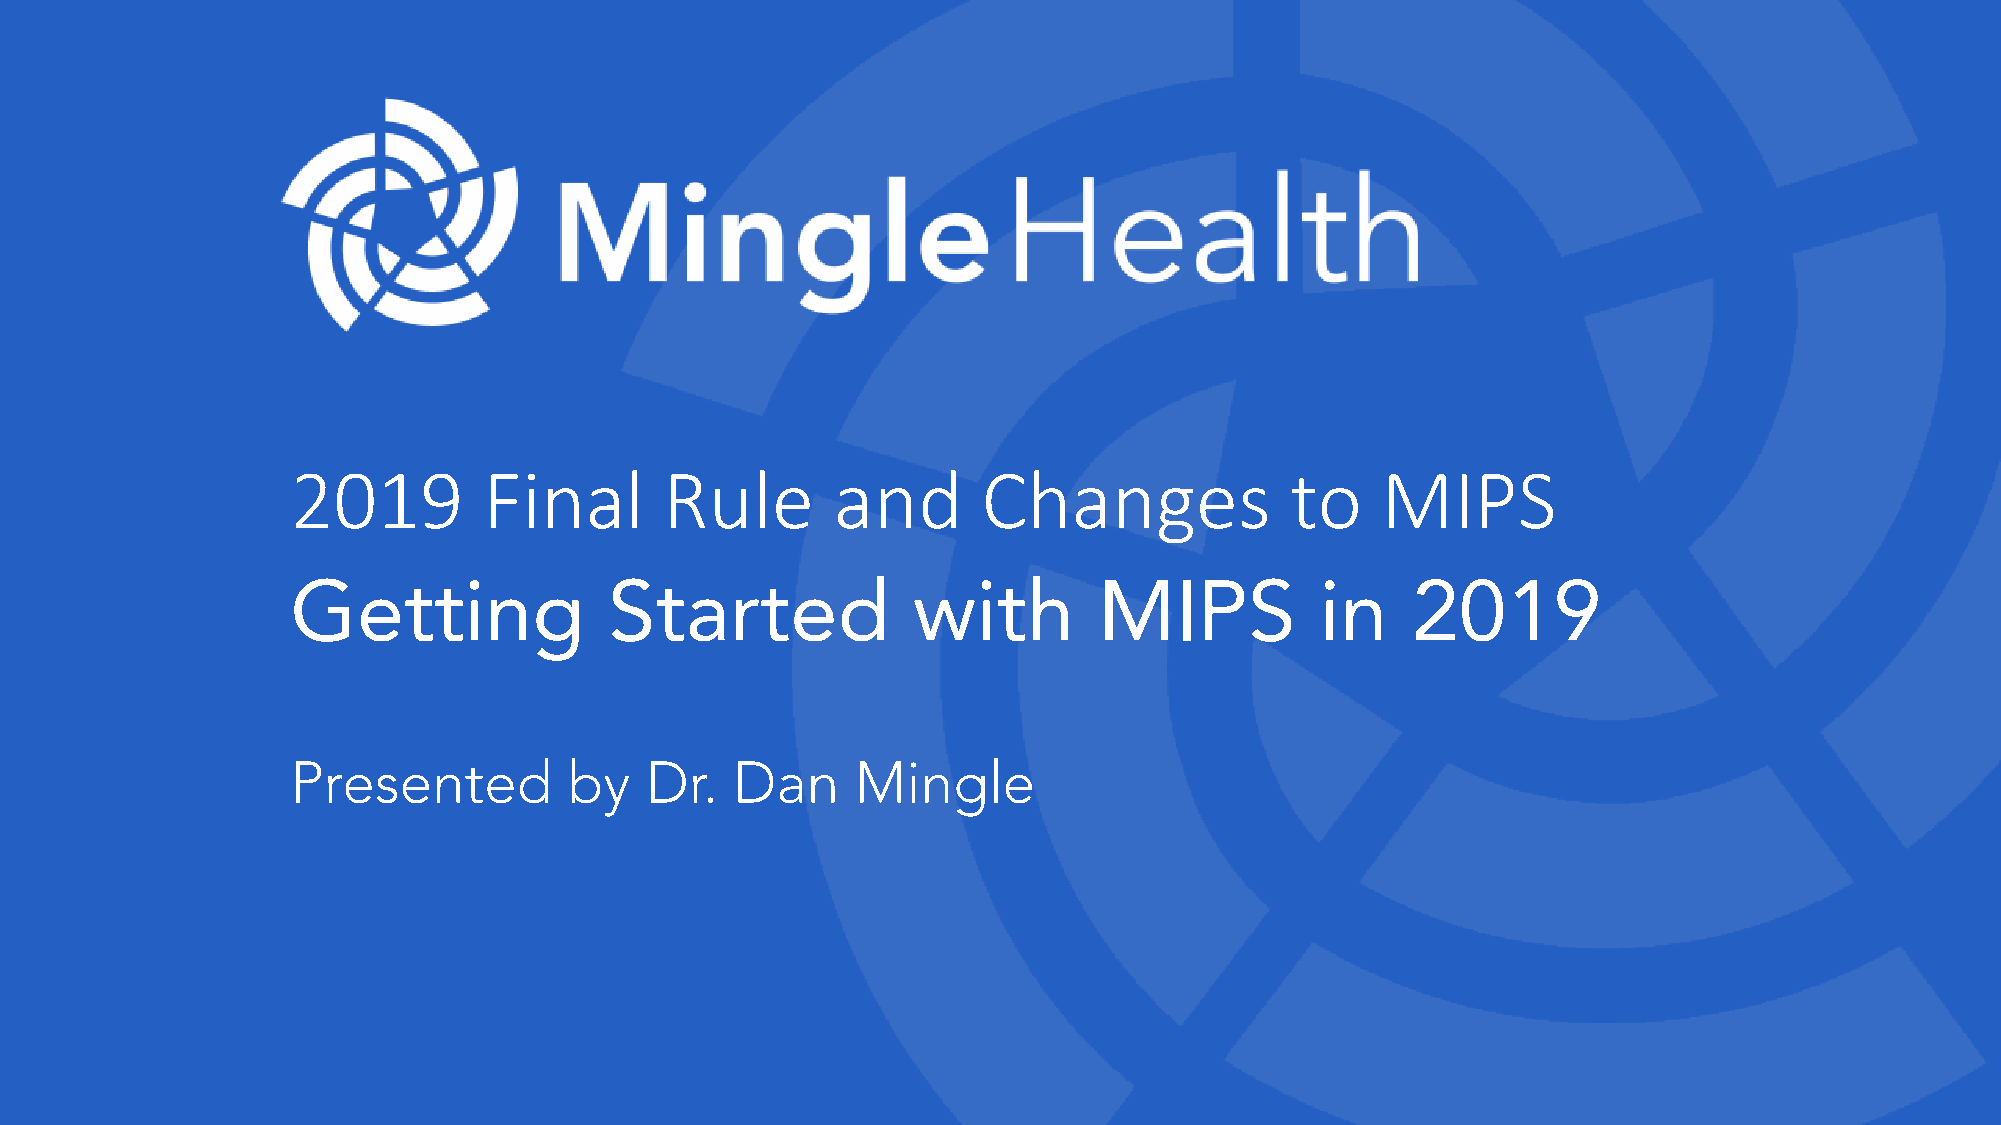
2019         Final       Rule       and       Changes             to    MIPS
 Getting              Started             with         MIPS          in    2019
 Presented          by   Dr.   Dan     Mingle
 ©2019 Mingle Health                                                 1